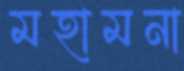
মহামনা